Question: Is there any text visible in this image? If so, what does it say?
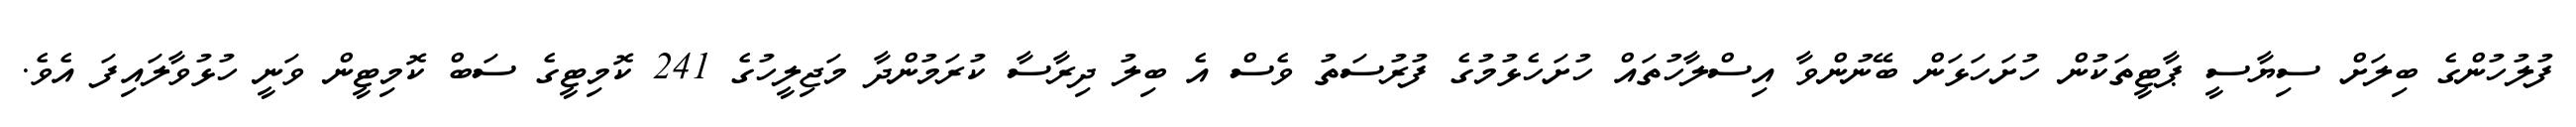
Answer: ފުލުހުންގެ ބިލަށް ސިޔާސީ ޕާޓީތަކުން ހުށަހަޅަން ބޭނުންވާ އިސްލާހުތައް ހުށަހެޅުމުގެ ފުރުސަތު ވެސް އެ ބިލު ދިރާސާ ކުރަމުންދާ މަޖިލީހުގެ 241 ކޮމިޓީގެ ސަބް ކޮމިޓީން ވަނީ ހުޅުވާލައިފަ އެވެ.